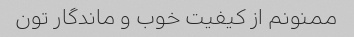
ممنونم از کیفیت خوب و ماندگار تون